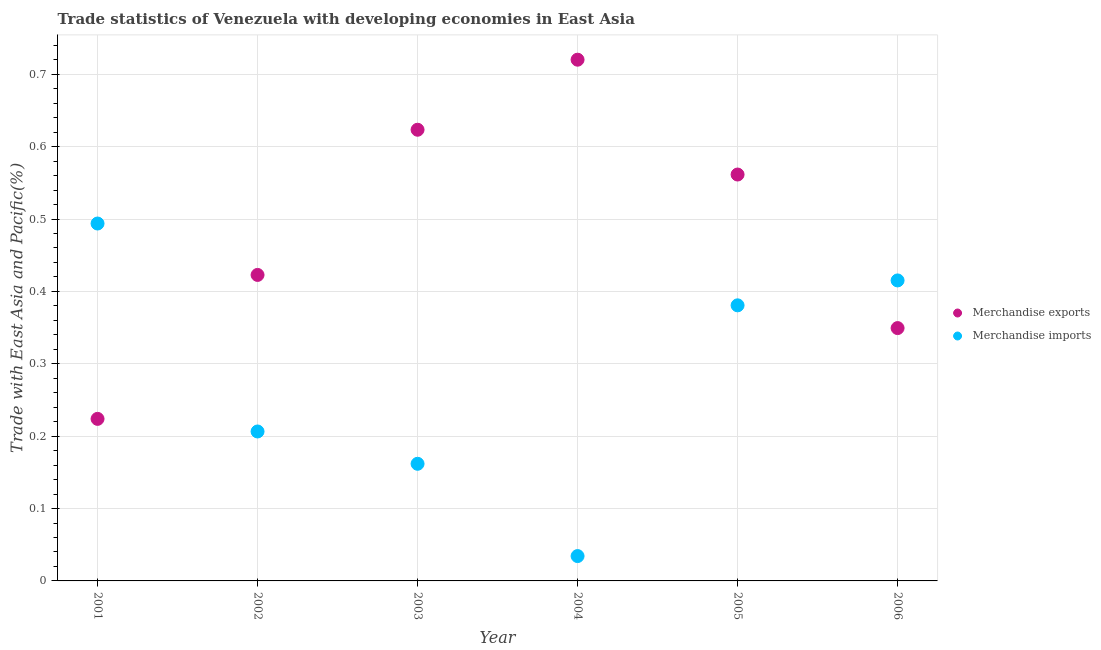
| Year | Merchandise exports | Merchandise imports |
 | --- | --- | --- |
 | 2001 | 0.224 | 0.494 |
 | 2002 | 0.423 | 0.206 |
 | 2003 | 0.623 | 0.162 |
 | 2004 | 0.72 | 0.0343 |
 | 2005 | 0.561 | 0.381 |
 | 2006 | 0.349 | 0.415 |